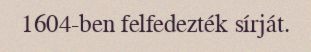
1604-ben felfedezték sírját.